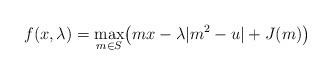
LaTeX: \begin{align*}f(x,\lambda)=\max_{m\in S}\bigl(m x - \lambda |m^2-u|+J(m) \bigr)\end{align*}